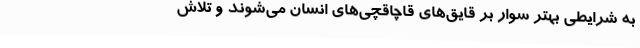
به شرایطی بهتر سوار بر قایق‌های قاچاقچی‌های انسان می‌شوند و تلاش